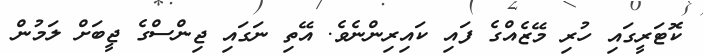
ކޮޓަރީގައި ހުރި މޭޒެއްގެ ފައި ކައިރިންނެވެ. އޭތި ނަގައި ޖިންސްގެ ޖީބަށް ލަމުން